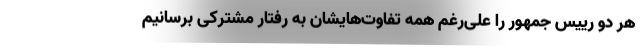
هر دو رییس جمهور را علی‌رغم همه تفاوت‌هایشان به رفتار مشترکی برسانیم